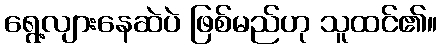
ရွေ့လျားနေဆဲပဲ ဖြစ်မည်ဟု သူထင်၏။